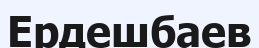
Ердешбаев